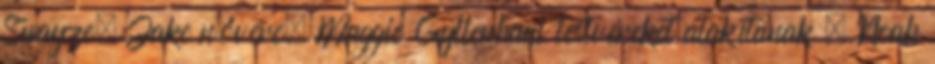
Swayze, Jake nővére, Maggie Gyllenhaal testvéreket alakítanak , Noah